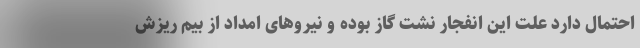
احتمال دارد علت این انفجار نشت گاز بوده و نیروهای امداد از بیم ریزش